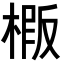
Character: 𭫍